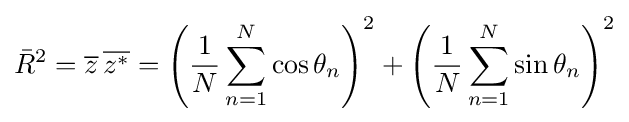
{\bar {R}}^{2}={\overline {z}}\,{\overline {z^{*}}}=\left({\frac {1}{N}}\sum _{n=1}^{N}\cos \theta _{n}\right)^{2}+\left({\frac {1}{N}}\sum _{n=1}^{N}\sin \theta _{n}\right)^{2}